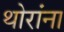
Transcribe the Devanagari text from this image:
थोरांना